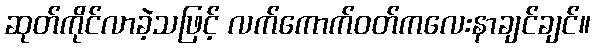
ဆုတ်ကိုင်လာခဲ့သဖြင့် လက်ကောက်ဝတ်ကလေးနာချင်ချင်။